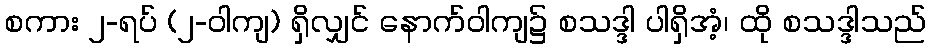
စကား ၂-ရပ် (၂-ဝါကျ) ရှိလျှင် နောက်ဝါကျ၌ စသဒ္ဒါ ပါရှိအံ့၊ ထို စသဒ္ဒါသည်